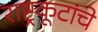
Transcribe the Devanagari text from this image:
राष्ट्रकूटांचे